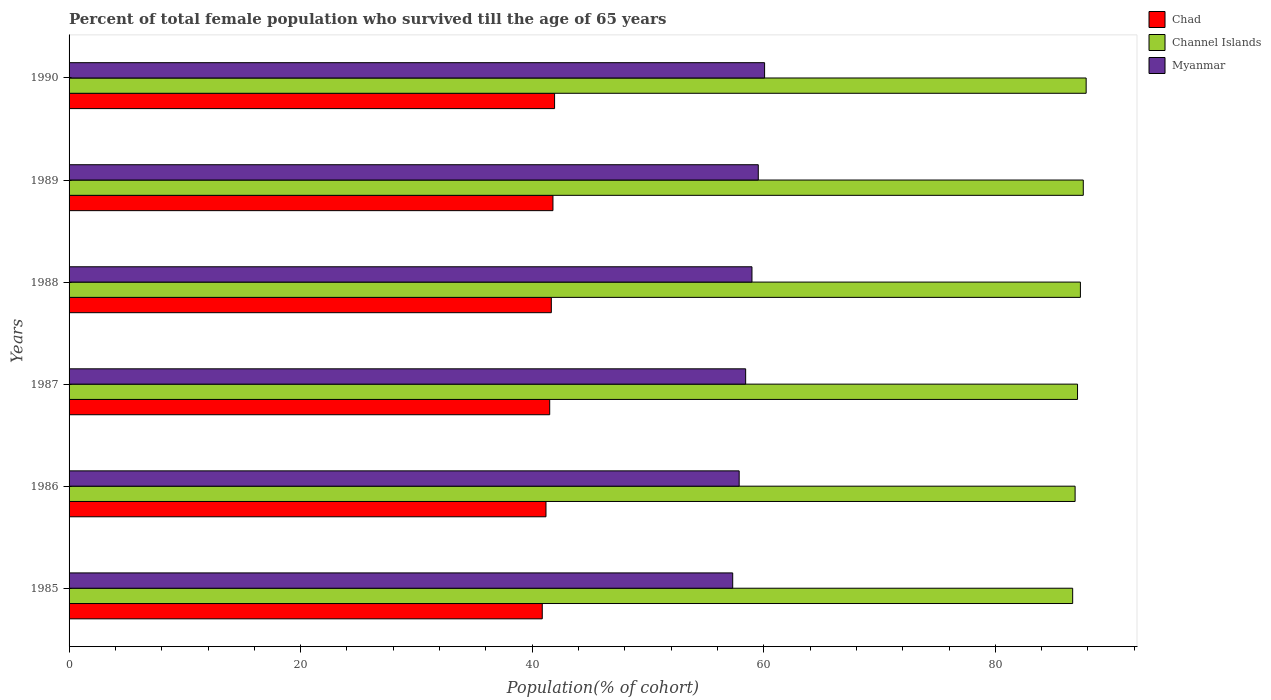
| Years | Chad | Channel Islands | Myanmar |
 | --- | --- | --- | --- |
 | 1985 | 40.9 | 86.7 | 57.3 |
 | 1986 | 41.2 | 86.9 | 57.9 |
 | 1987 | 41.5 | 87.1 | 58.4 |
 | 1988 | 41.7 | 87.3 | 59 |
 | 1989 | 41.8 | 87.6 | 59.5 |
 | 1990 | 41.9 | 87.8 | 60.1 |